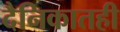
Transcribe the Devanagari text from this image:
दैनिकातही